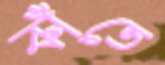
কাঁতে